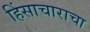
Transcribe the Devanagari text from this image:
हिंसाचाराचा